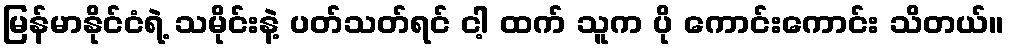
မြန်မာနိုင်ငံရဲ့ သမိုင်းနဲ့ ပတ်သတ်ရင် ငါ့ ထက် သူက ပို ကောင်းကောင်း သိတယ်။